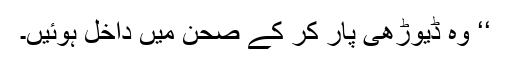
‘‘ وہ ڈیوڑھی پار کر کے صحن میں داخل ہوئیں۔